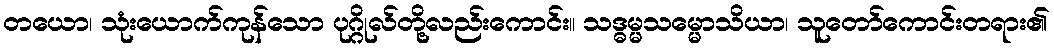
တယော၊ သုံးယောက်ကုန်သော ပုဂ္ဂိုလ်တို့လည်းကောင်း။ သဒ္ဓမ္မသမ္မောသိယာ၊ သူတော်ကောင်းတရား၏